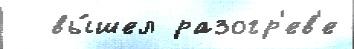
  вы́шел разогр'ев'е